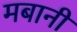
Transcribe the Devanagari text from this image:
मबानी